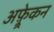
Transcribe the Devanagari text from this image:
अफ़्र्रेकन